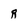
Character: R